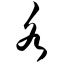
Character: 各